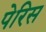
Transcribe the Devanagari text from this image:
पेरिस